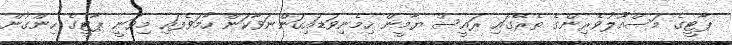
ޕާޓީގެ މަސްއޫލުވެރިންގެ ތެރޭގައި ރައީސް ޔާމީން ހިމެނިވަޑައިގަންނަވާކަން ހާމަވެފައި މިވަނީ ޕާޓީގެ ހިންގުން